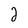
Character: 2